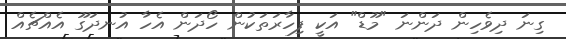
ގިނަ ދިވެހިން ދަންނަ "މޫޑް" އަކީ ފިހާރަތަކުން ހޯދަން އެހާ އުނދަގޫ އެއްޗެއް